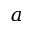
a